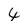
Character: 4